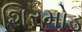
શિરમોડ